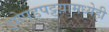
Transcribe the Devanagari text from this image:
झोपडपट्टय़ामध्येही